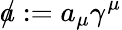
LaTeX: a\! \! \! /:=a_{\mu}\gamma^{\mu}